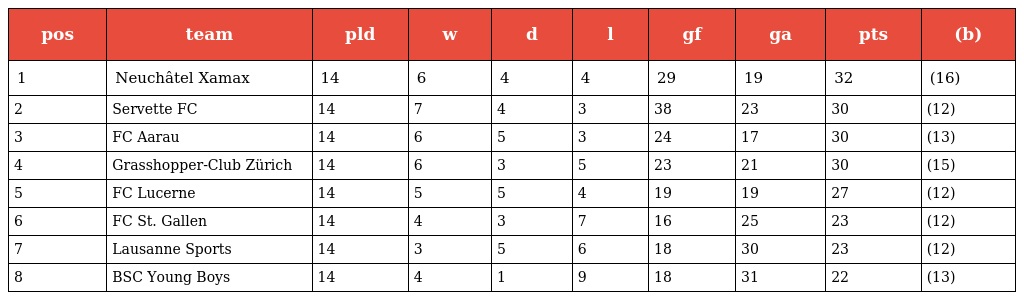
| pos | team | pld | w | d | l | gf | ga | pts | (b) |
 | --- | --- | --- | --- | --- | --- | --- | --- | --- | --- |
 | 1 | Neuchâtel Xamax | 14 | 6 | 4 | 4 | 29 | 19 | 32 | (16) |
 | 2 | Servette FC | 14 | 7 | 4 | 3 | 38 | 23 | 30 | (12) |
 | 3 | FC Aarau | 14 | 6 | 5 | 3 | 24 | 17 | 30 | (13) |
 | 4 | Grasshopper-Club Zürich | 14 | 6 | 3 | 5 | 23 | 21 | 30 | (15) |
 | 5 | FC Lucerne | 14 | 5 | 5 | 4 | 19 | 19 | 27 | (12) |
 | 6 | FC St. Gallen | 14 | 4 | 3 | 7 | 16 | 25 | 23 | (12) |
 | 7 | Lausanne Sports | 14 | 3 | 5 | 6 | 18 | 30 | 23 | (12) |
 | 8 | BSC Young Boys | 14 | 4 | 1 | 9 | 18 | 31 | 22 | (13) |